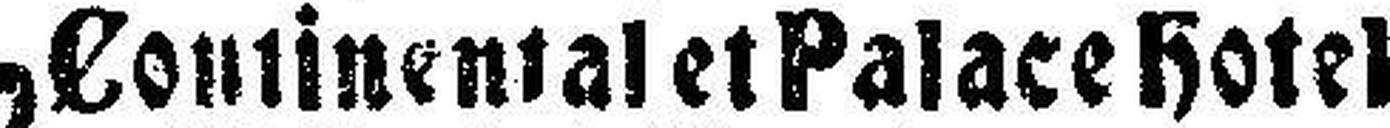
Continental et Palace Hotel